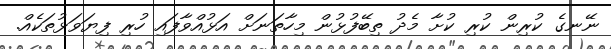
ނޭނގެ ކުރިން ކުރި ކުށާ މެދު ތިބޭފުޅުން މިހާތަނަށް އަޅުއްވާފައި ހުރި ފިޔަވަޅުތަކެއް.